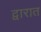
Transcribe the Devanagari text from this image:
द्वारात